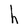
Character: h